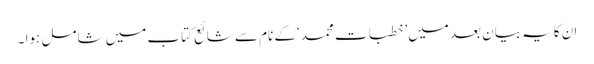
ان کایہ بیان بعد میں’ خطبات محمد‘کے نام سے شائع کتاب میں شامل ہوا ۔